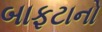
બાફટાનો